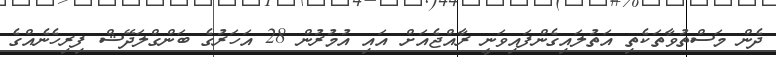
ދެން މަސްތުވާތަކެތި އަތުލައިގެންފައިވަނީ ރާއްޖެއަށް އައި އުމުރުން 28 އަހަރުގެ ބަންގްލަދޭޝް ފިރިހެނެއްގެ